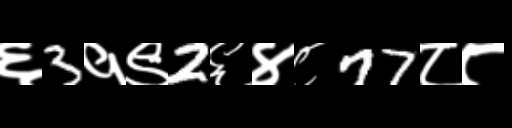
Text: ६3१९2६४८77८८